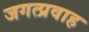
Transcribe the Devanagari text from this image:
जगत्प्रवाह